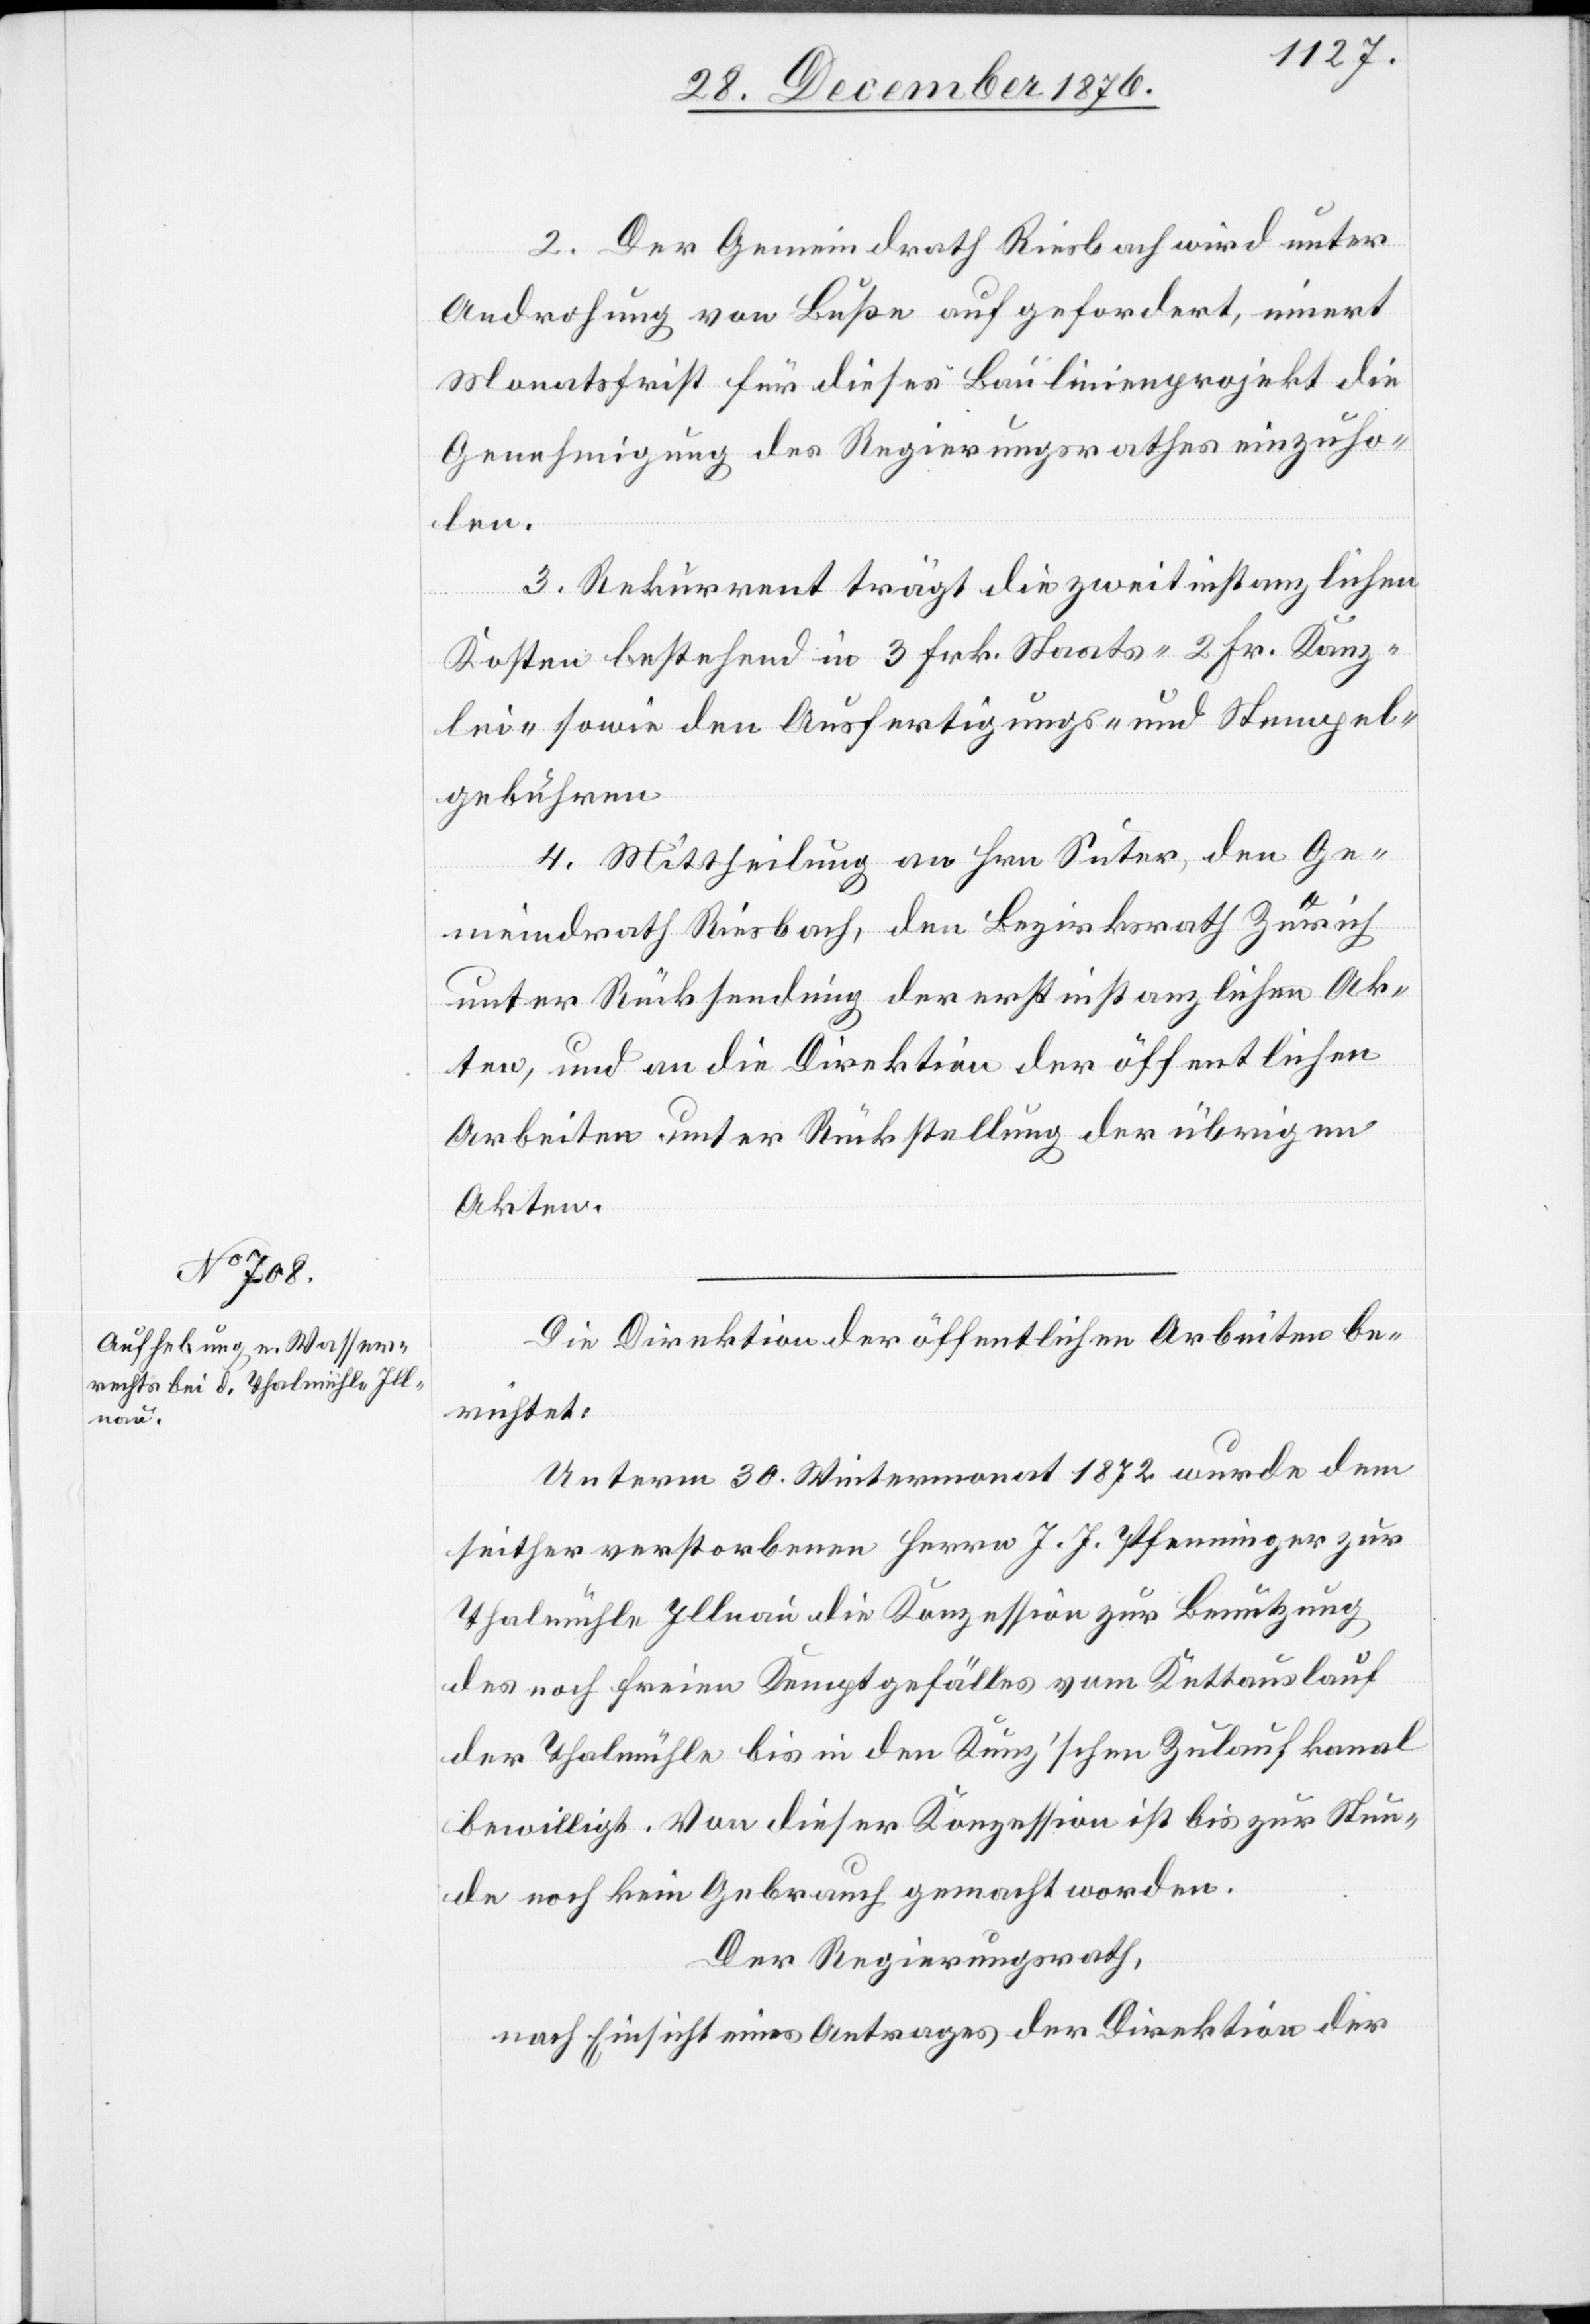
2. Der Gemeindrath Riesbach wird unter
Androhung von Buße aufgefordert, innert
Monatsfrist für dieses Baulinienprojekt die
Genehmigung des Regierungsrathes einzuho¬
len.
3. Rekurrent trägt die zweitinstanzlichen
Kosten bestehend in 3 Frk. Staats- 2. Fr. Kanz¬
lei- sowie den Ausfertigungs- und Stempel¬
gebühren.
4. Mittheilung an Hrn. Suter, den Ge¬
meindrath Riesbach, den Bezirksrath Zürich
unter Rücksendung der erstinstanzlichen Ak¬
ten, und an die Direktion der öffentlichen
Arbeiten unter Rückstellung der übrigen
Akten.
Die Direktion der öffentlichen Arbeiten be¬
richtet:
Unterm 30. Wintermonat 1872 wurde dem
seither verstobenen Herrn J. J. Pfenninger zur
Thalmühle Illnau die Konzession zur Benützung
des noch freien Kemptgefälles vom Kuttenauslauf
der Thalmühle bis in den Kunz’schen Zulaufkanal
bewilligt. Von dieser Konzession ist bis zur Stun¬
de noch kein Gebrauch gemacht worden.
Der Regierungsrath,
nach Einsicht eines Antrages der Direktion der